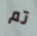
تم